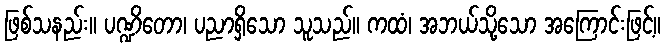
ဖြစ်သနည်း။ ပဏ္ဍိတော၊ ပညာရှိသော သူသည်။ ကထံ၊ အဘယ်သို့သော အကြောင်းဖြင့်။